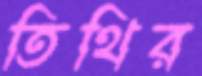
তিথির